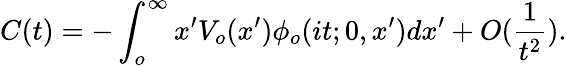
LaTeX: C(t)=-\int_{o}^{\infty}x^{\prime}V_{o}(x^{\prime})\phi_{o}(it;0,x^{\prime})dx^{\prime}+O(\frac{1}{t^{2}}).